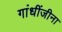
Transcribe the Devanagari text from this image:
गांधींजीना